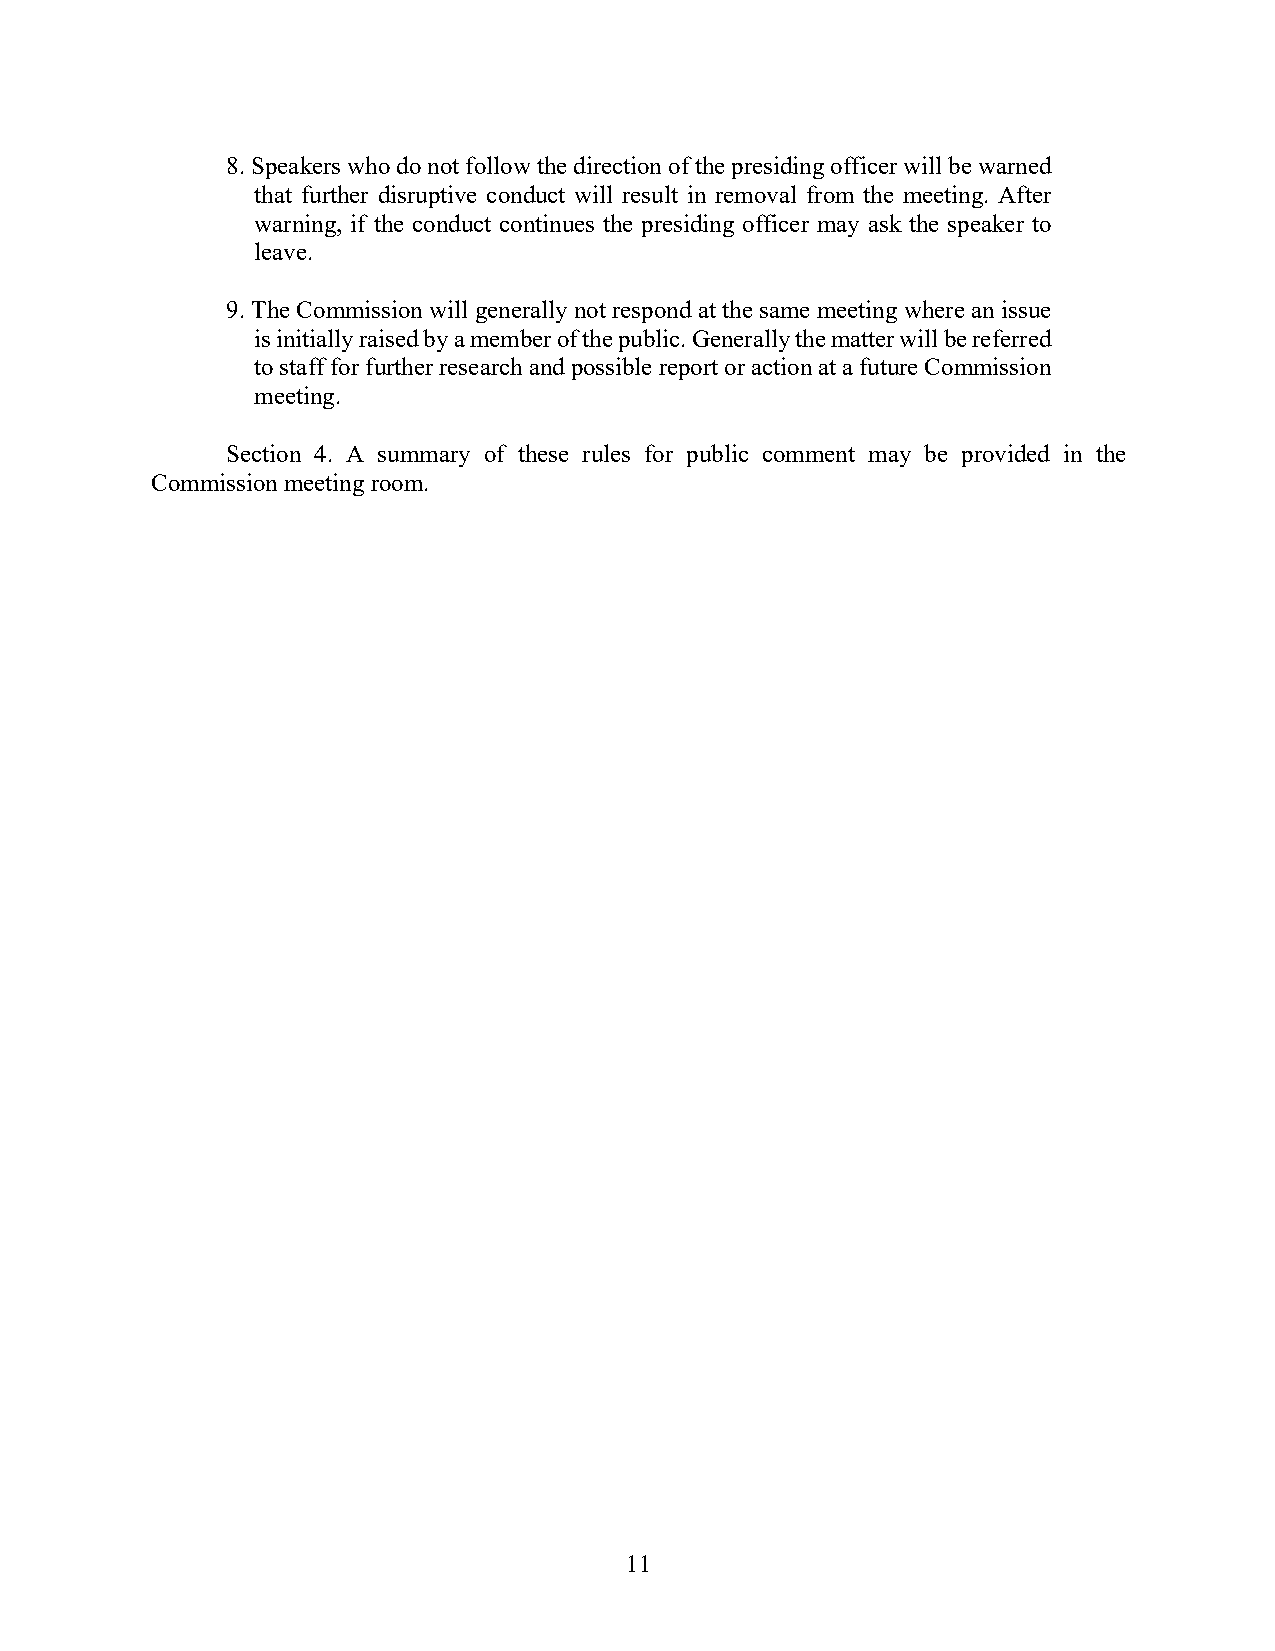
8. Speakers who do not follow the direction of the presiding officer will be warned
 that further disruptive conduct will result in removal from the meeting. After
 warning, if the conduct continues the presiding officer may ask the speaker to
 leave.
 9. The Commission will generally not respond at the same meeting where an issue
 is initially raised by a member of the public. Generally the matter will be referred
 to staff for further research and possible report or action at a future Commission
 meeting.
 Section 4. A summary of these rules for public comment may be provided in the
 Commission meeting room.
 11